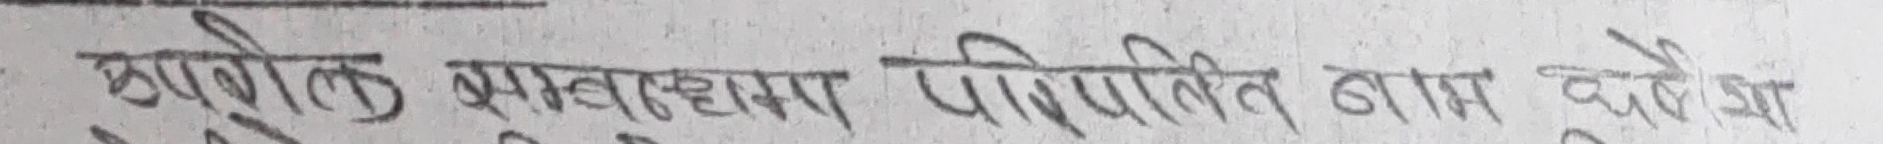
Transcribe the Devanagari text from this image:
उपरोक्त साक्षातकार पिपिलित बात मुझे था